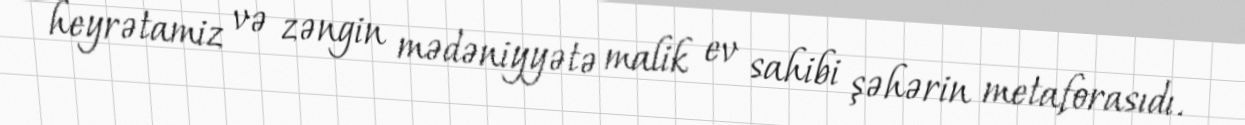
heyrətamiz və zəngin mədəniyyətə malik ev sahibi şəhərin metaforasıdı.